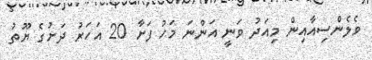
ވެލެންސިއާއިން މިއަދު ވަނީ އަންނަ މަހު ފަށާ 20 އަހަރު ދަށުގެ ޔޫތު